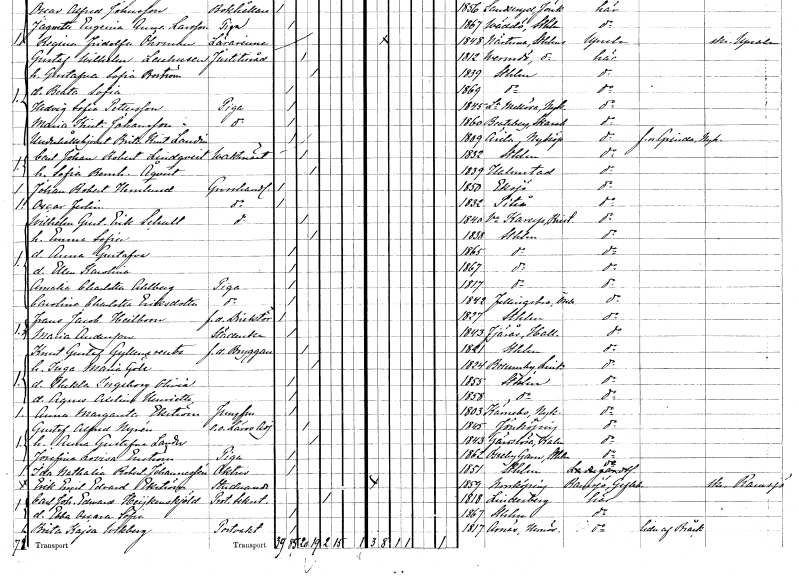
gt_parse: households: individuals: FN: Oscar
EN: Ferlin
YRKE: Grosshandlare
KON: M
CIV: O
FODAR: 1832
FODFORS: Piteå Norrbottens län
FN: Wilhelm Gustaf Erik
EN: Schult
YRKE: Grosshandlare
KON: M
CIV: G
FODAR: 1840
FODFORS: Västra Karup Kristianstads län
FN: Emma Sofia
KON: K
CIV: G
FODAR: 1838
FODFORS: Stockholm
FN: Anna Gustafva
KON: K
CIV: O
FODAR: 1865
FODFORS: Stockholm
FN: Ellen Karolina
KON: K
CIV: O
FODAR: 1867
FODFORS: Stockholm
FN: Amalia Charlotta
EN: Ahlberg
YRKE: Piga
KON: K
CIV: O
FODAR: 1817
FODFORS: Stockholm
FN: Carolina Charlotta
EN: Eriksdotter
YRKE: Piga
KON: K
CIV: O
FODAR: 1842
FODFORS: Fellingsbro Örebro län
FN: Frans Jacob
EN: Heilbom
YRKE: Direktör f.d.
KON: M
CIV: O
FODAR: 1827
FODFORS: Stockholm
FN: Maria
EN: Andersson
YRKE: Städerska
KON: K
CIV: O
FODAR: 1843
FODFORS: Fjärås Hallands län
FN: Knut Gustaf
EN: Gyllencreutz
YRKE: Bryggare f.d.
KON: M
CIV: G
FODAR: 1821
FODFORS: Stockholm
FN: Inga Maria
EN: Göle
KON: K
CIV: G
FODAR: 1824
FODFORS: Brunneby Östergötlands län
FN: Thekla Ingeborg Olivia
KON: K
CIV: O
FODAR: 1855
FODFORS: Stockholm
FN: Agnes Axelina Henrietta
KON: K
CIV: O
FODAR: 1858
FODFORS: Stockholm
FN: Anna Margareta
EN: Ekström
YRKE: Jungfru
KON: K
CIV: O
FODAR: 1803
FODFORS: Kärnbo Södermanlands län
FN: Gustaf Alfred
EN: Nyrén
YRKE: Läroverksadjunkt e.o.
KON: M
CIV: G
FODAR: 1845
FODFORS: Jönköping Jönköpings län
FN: Anna Gustafva
EN: Lander
KON: K
CIV: G
FODAR: 1843
FODFORS: Gärdslösa Kalmar län
FN: Josefina Lovisa
EN: Enström
YRKE: Piga
KON: K
CIV: O
FODAR: 1862
FODFORS: Össeby-Garn Stockholms län
FN: Ida Nathalia Robertina
EN: Johannessén
YRKE: Aktris
KON: K
CIV: O
FODAR: 1851
FODFORS: Stockholm
FN: Erik Emil Edvard
EN: Ekström
YRKE: Studerande
KON: M
CIV: O
FODAR: 1859
FODFORS: Norrköping Östergötlands län
FN: Carl Johan Edward
EN: Heijkenskjöld
YRKE: Protokollsekreterare
KON: M
CIV: E
FODAR: 1818
FODFORS: Lindesberg Örebro län
FN: Ebba Oscara Sofia
KON: K
CIV: O
FODAR: 1867
FODFORS: Stockholm
FN: Brita Kajsa
EN: Wikberg
YRKE: Portvakt
KON: K
CIV: O
FODAR: 1817
FODFORS: Arnäs Västernorrlands län